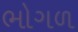
ભોગળ